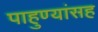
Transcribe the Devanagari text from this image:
पाहुण्यांसह